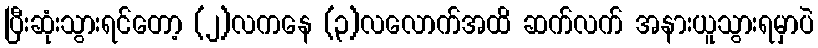
ပြီးဆုံးသွားရင်တော့ (၂)လကနေ (၃)လလောက်အထိ ဆက်လက် အနားယူသွားရမှာပဲ